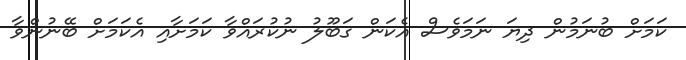
ކަމަށް ބުނަމުން ދިޔަ ނަމަވެސް އެކަން ގަބޫލު ނުކުރައްވާ ކަމަށާއި އެކަމަށް ބޭނުންވާ